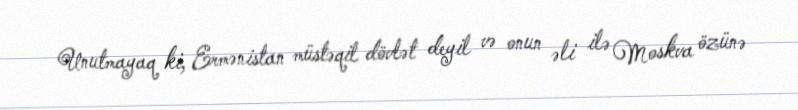
Unutmayaq ki, Ermənistan müstəqil dövlət deyil və onun əli ilə Moskva özünə